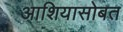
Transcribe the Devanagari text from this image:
आशियासोबत